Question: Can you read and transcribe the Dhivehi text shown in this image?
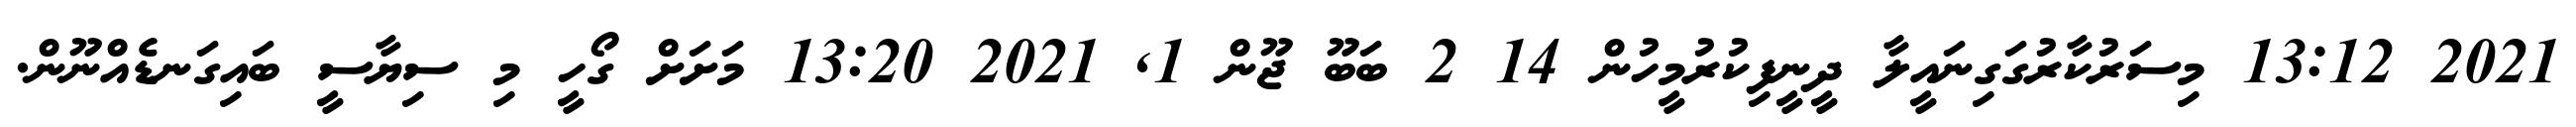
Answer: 2021 13:12 މިސަރުކާރުގަގިނައީލާ ދީނީފިކުރުމީހުން 14 2 ބަބޫ ޖޫން 1, 2021 13:20 މަށަށް ގޯހީ މި ސިޔާސީ ބައިގަނޑެއްނޫން.